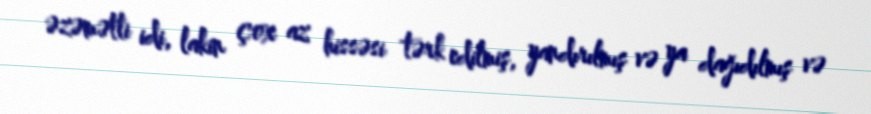
əzəmətli idi, lakin çox az hissəsi tərk edilmiş, yandırılmış və ya dağıdılmış və